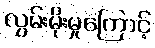
လွှမ်းမိုးမှုကြောင့်